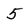
Character: 5